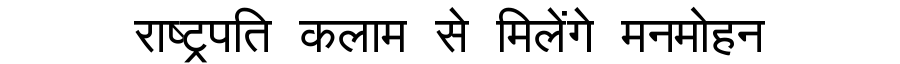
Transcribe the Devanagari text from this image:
राष्ट्रपति कलाम से मिलेंगे मनमोहन